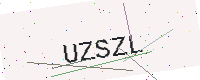
Text: UZSZL